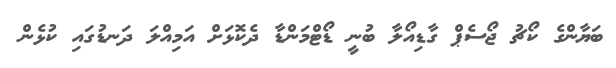
ބަޔާންގެ ކޯޗު ޖޯސެޕް ގާޑިއޯލާ ބުނީ ޑޯޓްމަންޑާ ދެކޮޅަށް އަމިއްލަ ދަނޑުގައި ކުޅެން